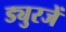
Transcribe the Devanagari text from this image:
ड्युरजें